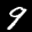
Label: 9